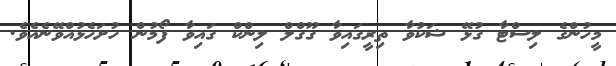
މީހުންގެ ލިސްޓާ ގުޅޭ ޝަކުވާ ތިރީގައިވާ ގޫގްލް ލިންކް ގައިވާ ފޯމުން ހުށަހެޅުއްވޭނެއެވެ.